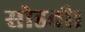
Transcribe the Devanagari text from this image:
सोडवी।